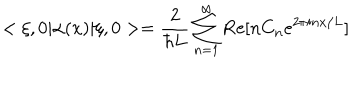
< \xi , 0 | \alpha ( x ) | \xi , 0 > = { \frac { 2 } { \hbar L } } \sum _ { n = 1 } ^ { \infty } \mathrm { R e } [ n C _ { n } e ^ { 2 \pi i n x / L } ]